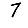
Digit: 7